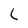
Character: L